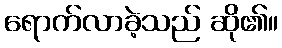
ရောက်လာခဲ့သည် ဆို၏။